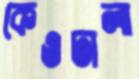
কেওঢালা